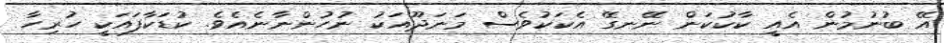
އޭ ބުނުމުން އެއީ ކާކުކަން ނޭނގޭ އެކަކުވެސް މަނަދޫއަކު ނުހުންނާނެއެވެ. ކުޑަކާފައަކީ ހުރިހާ